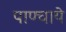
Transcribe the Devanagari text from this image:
पाण्चाये